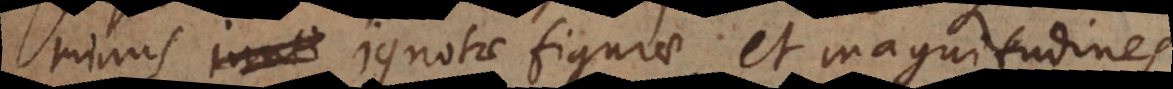
inuti ignotae figurae et magnitudines